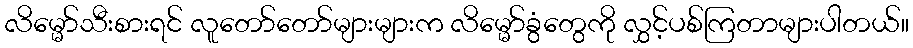
လိမ္မော်သီးစားရင် လူတော်တော်များများက လိမ္မော်ခွံတွေကို လွှင့်ပစ်ကြတာများပါတယ်။